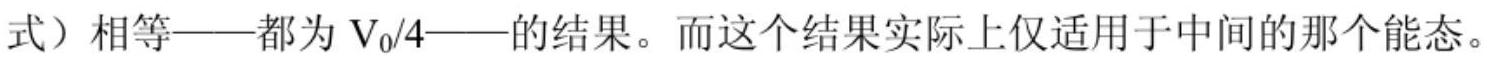
式）相等——都为 $V_0/4$——的结果。而这个结果实际上仅适用于中间的那个能态。